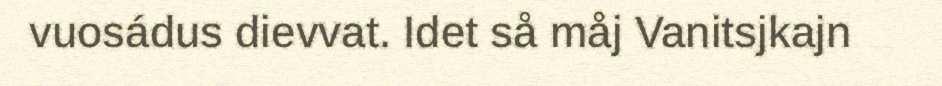
vuosádus dievvat. Idet så måj Vanitsjkajn